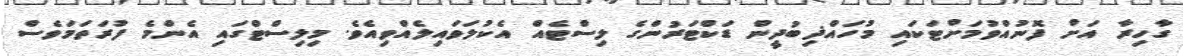
ގާހިރާ އަށް ފޮނުއްވުމަށްޓަކައި މުހައްޛިބުދީން ޑަކްޓަރުންގެ ލިސްޓެއް އެކުލަވައިލެއްވިއެވެ. މިލިސްޓްގައި އެންމެ ފުރަތަމަވެސް